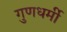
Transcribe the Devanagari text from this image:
गुणधर्मी